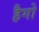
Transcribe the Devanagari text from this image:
हैगो